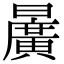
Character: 𣋷